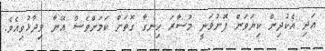
އަދި އެކުދިން ކިޔަވަން ފޮނުވަނީ މުސާރަ ހިނގާ ގޮތަށް ކަމަށްވެސް އޭނާ ވިދާޅުވިއެވެ.